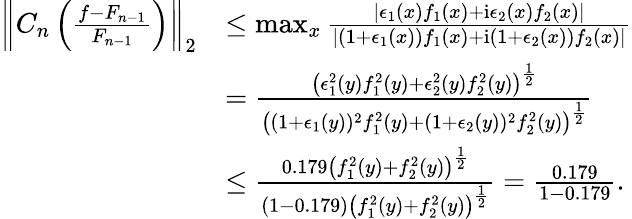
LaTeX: \begin{array}{rl}{\left\Vert C_{n}\left(\frac{f-F_{n-1}}{F_{n-1}}\right)\right\Vert_{2}}&{\leq\operatorname*{max}_{x}{\frac{\left\vert\epsilon_{1}(x)f_{1}(x)+\mathrm{i}\epsilon_{2}(x)f_{2}(x)\right\vert}{\left\vert(1+\epsilon_{1}(x))f_{1}(x)+\mathrm{i}(1+\epsilon_{2}(x))f_{2}(x)\right\vert}}}\\ &{=\frac{\left(\epsilon_{1}^{2}(y)f_{1}^{2}(y)+\epsilon_{2}^{2}(y)f_{2}^{2}(y)\right)^{\frac{1}{2}}}{\left((1+\epsilon_{1}(y))^{2}f_{1}^{2}(y)+(1+\epsilon_{2}(y))^{2}f_{2}^{2}(y)\right)^{\frac{1}{2}}}}\\ &{\leq\frac{0.179\left(f_{1}^{2}(y)+f_{2}^{2}(y)\right)^{\frac{1}{2}}}{(1-0.179)\left(f_{1}^{2}(y)+f_{2}^{2}(y)\right)^{\frac{1}{2}}}=\frac{0.179}{1-0.179}.}\end{array}